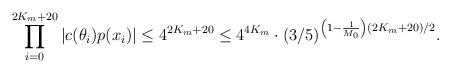
LaTeX: \begin{align*}\prod \limits_{i=0}^{2K_m + 20} |c(\theta_i)p(x_i)| \leq 4^{2K_m + 20} \leq 4^{4K_m} \cdot (3/5)^{\left(1 - \frac1{M_0} \right)(2K_m + 20)/2}.\end{align*}